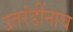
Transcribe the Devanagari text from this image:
उतरंडींनाच